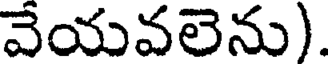
వేయవలెను).